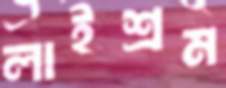
লাইশ্রম